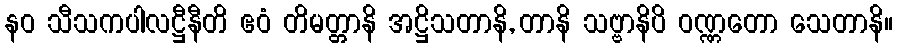
နဝ သီသကပါလဋ္ဌီနီတိ ဧဝံ တိမတ္တာနိ အဋ္ဌိသတာနိ, တာနိ သဗ္ဗာနိပိ ဝဏ္ဏတော သေတာနိ။